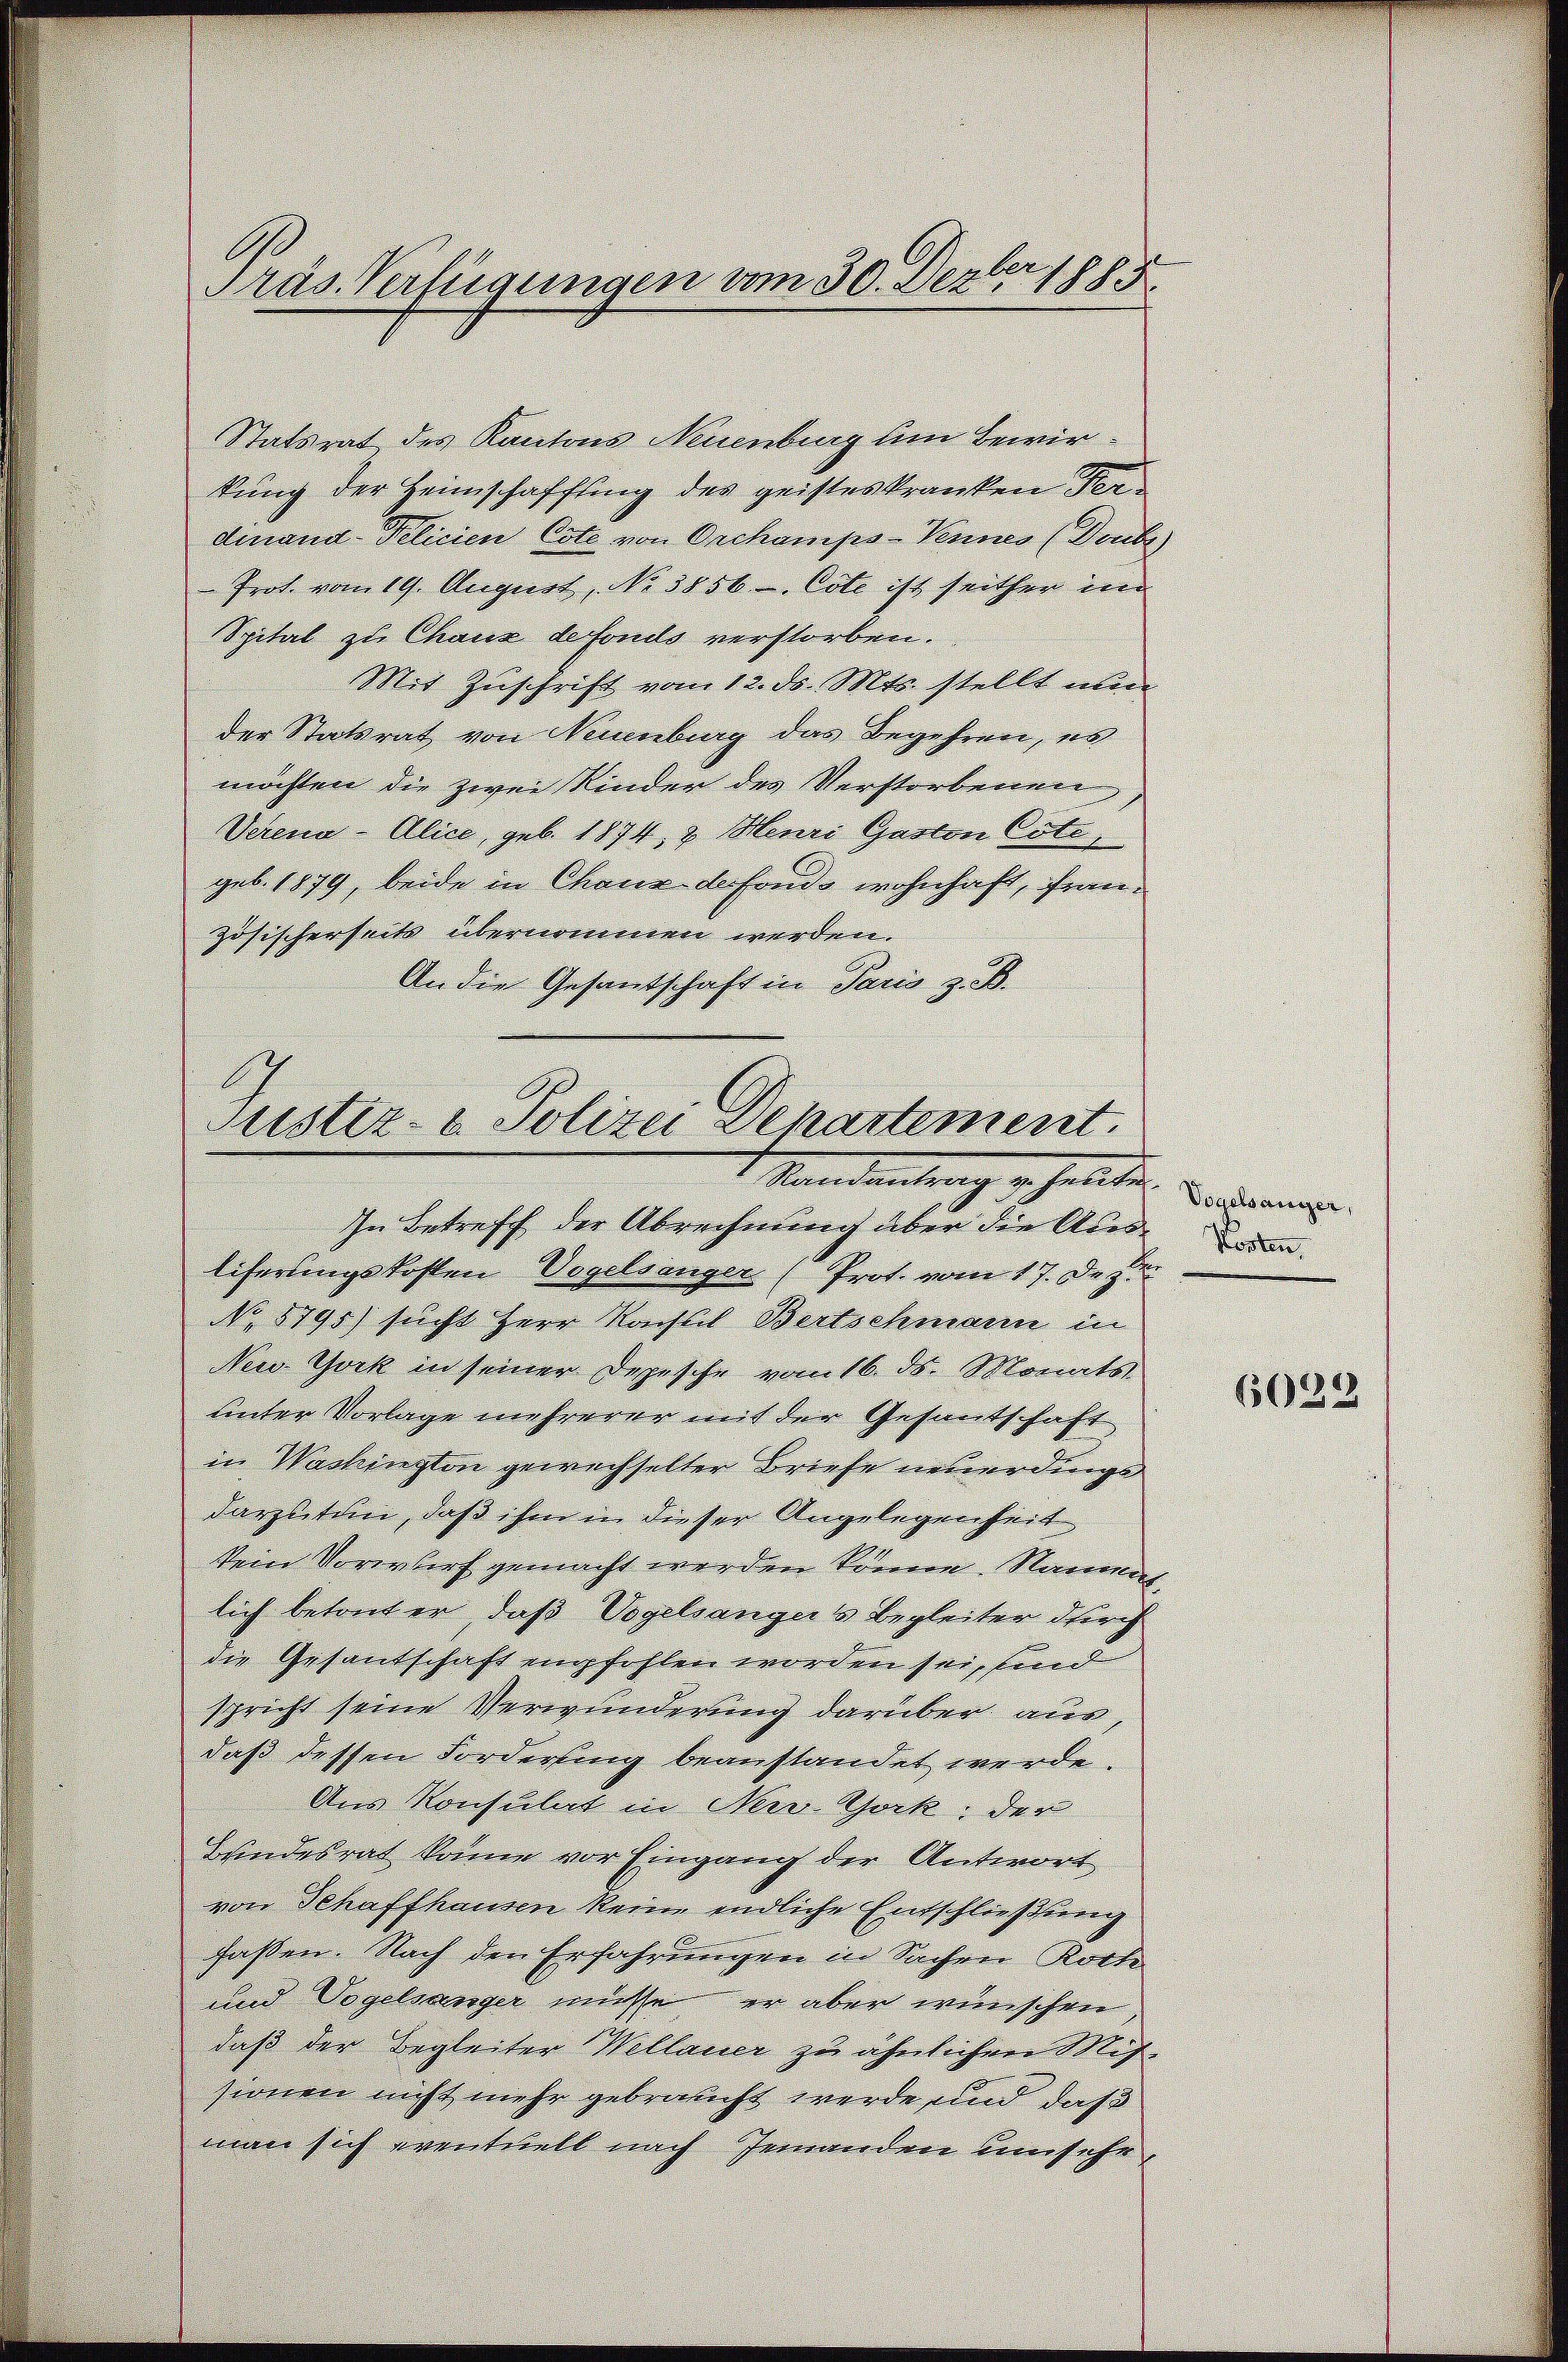
Statsrat des Kantons Neuenburg um Bewirkung der Heimschaffung des geisteskranken Verdinand Pelicien Cote von Orchamps-Vennes (Deube)
Prot. vom 19. August, No 3856 - Cote ist seither im
Spital zu Chaux defonds verstorben.
Mit Zuschrift vom 12. ds. Mts. stellt nun
der Statsrat von Neuenburg das Begehren, es
möchten die zwai Kinder des Verstorbenen
Verena - Alice, geb. 1874, 2 Menzi Garten Coti,
geb. 1879, beide in Chour der fonds wohnhaft, französischerheits übernommen werden.
An die Gesantschaft in Paris z. B.
In Betreff der Abrechnung über die Ausn
licherungskosten Vogelsanger (Prot. vom 17. Dez.
No 8795) sucht Herr Nachtel Bertschmann in
New York in seiner Depesche vom 16. ds. Monats
unter Vorlage mehrerer mit der Gesantschaft
in Washington gewechselter Briefe neuerdings
darzutun, daß ihm in dieser Angelegenheit
kein Vorwurf gemacht werden könne. Nament,
lich betont er, daß Vogelsangers begleiter durch
die Gesantschaft empfohlen worden sei, sind
spricht seine Verwunderung darüber aus
daß dessen Forderling beanstandet werde.
Aus Konsulat in New-York der
Bundesrat könne vor Eingang der Antwort
von Schaffhausen keine endliche Entschließung
hassen. Nach den Erfahrungen in Sachen Rothe
und Vogelsanger müsse, er aber wünschen,
daß der Begleiter Wellauer zu ähnlichen Mitzionen nicht mehr gebraucht werde und daß
man sich eventuell nach Jemanden umsehe,

Präs. Verfügungen vom 30. Dezbr 1885

Justiz- & Polizei Departement.
Mandantrach gehalten. Borderungen.

6028